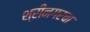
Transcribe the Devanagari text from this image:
श्रीनगरचा